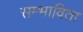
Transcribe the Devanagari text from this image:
सम्भाविता